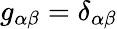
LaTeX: g_{\alpha\beta}=\delta_{\alpha\beta}